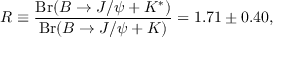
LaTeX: R \equiv { \frac { \mathrm { B r } ( B \rightarrow J / \psi + K ^ { * } ) } { \mathrm { B r } ( B \rightarrow J / \psi + K ) } } = 1 . 7 1 \pm 0 . 4 0 ,